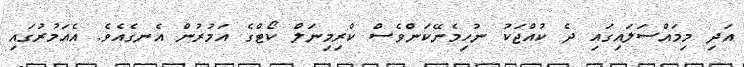
އަދި މިމައްސަލައިގައި ދެ ކުއްޖަކު ނުހިމެނޭކަންވެސް ކްރިމިނަލް ކޯޓްގެ އަމުރުން އެނގެއެވެ. އެއަމުރުގައި